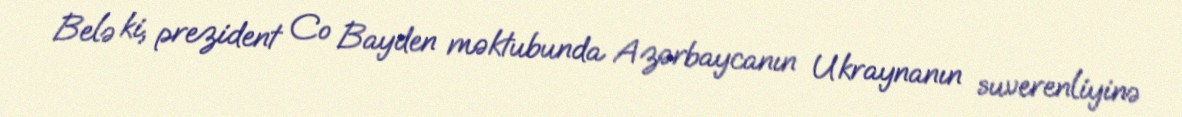
Belə ki, prezident Co Bayden məktubunda Azərbaycanın Ukraynanın suverenliyinə